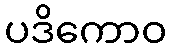
ပဒိကောဝ